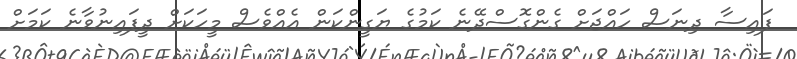
ފައިސާ ދިނަސް ހައްޖަށް ގެންގޮސްދޭނެ ކަމުގެ ޔަގީންކަން އެއްވެސް މީހަކަށް ދީފައިނުވާނެ ކަމަށް